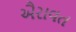
ઐરાવત